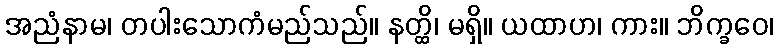
အညံနာမ၊ တပါးသောကံမည်သည်။ နတ္ထိ၊ မရှိ။ ယထာဟ၊ ကား။ ဘိက္ခဝေ၊